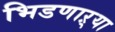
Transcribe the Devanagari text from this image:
भिडणाऱ्या